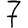
Digit: 7